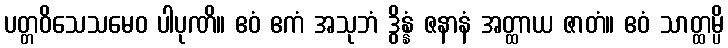
ပတ္တဝိသေသမေဝ ပါပုဏိ။ ဧဝံ ဧကံ အသုဘံ ဒွိန္နံ ဇနာနံ အတ္ထာယ ဇာတံ။ ဧဝံ သာတ္ထမ္ပိ